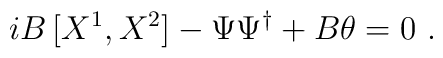
iB \, [X^1,X^2]-\Psi\Psi^{\dagger}+B\theta=0~.